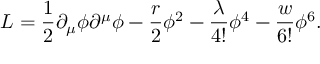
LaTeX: { \cal L } = \frac { 1 } { 2 } \partial _ { \mu } \phi \partial ^ { \mu } \phi - \frac { r } { 2 } \phi ^ { 2 } - \frac { \lambda } { 4 ! } \phi ^ { 4 } - \frac { w } { 6 ! } \phi ^ { 6 } .